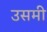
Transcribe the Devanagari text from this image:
उसमी